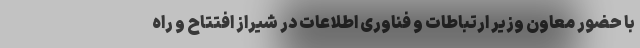
با حضور معاون وزیر ارتباطات و فناوری اطلاعات در شیراز افتتاح و راه